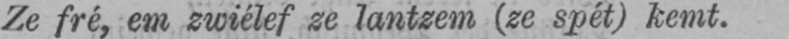
Ze fré, em zwiélef ze lantzem (ze spét) kemt.